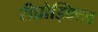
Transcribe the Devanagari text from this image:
रीप्रोड्क्टिव